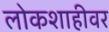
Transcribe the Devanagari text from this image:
लोकशाहीवर